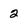
Character: 2